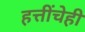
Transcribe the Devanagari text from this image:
हत्तींचेही